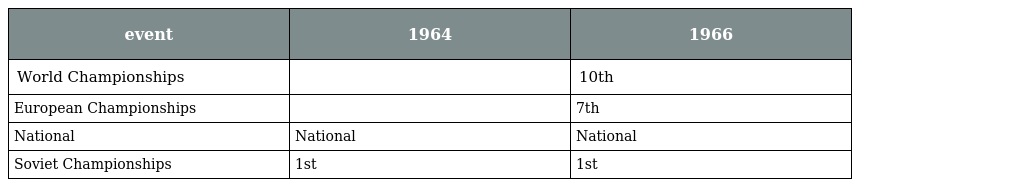
| event | 1964 | 1966 |
 | --- | --- | --- |
 | World Championships |  | 10th |
 | European Championships |  | 7th |
 | National | National | National |
 | Soviet Championships | 1st | 1st |